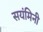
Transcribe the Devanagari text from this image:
सयंमिनी